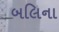
બલિના